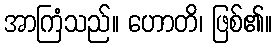
အာကြံသည်။ ဟောတိ၊ ဖြစ်၏။